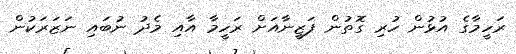
ރަހީމާގެ އުޅުން ހުރި ގޮތުން ފަޒީނާއަށް ރަހީމާ އާއި މެދު ނުބައި ނަޒަރަކުން